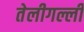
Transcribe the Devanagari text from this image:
तेलीगल्ली